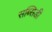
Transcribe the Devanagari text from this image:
सब्‍सिडी